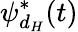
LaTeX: \psi_{d_{H}}^{*}(t)